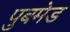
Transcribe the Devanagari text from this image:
पुबमेड